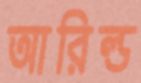
আরিল্ড